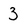
Character: 3